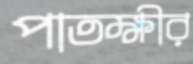
পাতক্ষীর